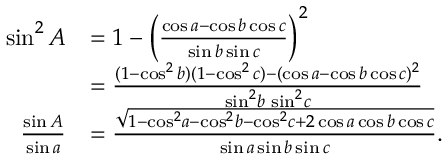
{ \begin{array} { r l } { \sin ^ { 2 } A } & { = 1 - \left( { \frac { \cos a - \cos b \cos c } { \sin b \sin c } } \right) ^ { 2 } } \\ & { = { \frac { ( 1 - \cos ^ { 2 } b ) ( 1 - \cos ^ { 2 } c ) - ( \cos a - \cos b \cos c ) ^ { 2 } } { \sin ^ { 2 } \! b \, \sin ^ { 2 } \! c } } } \\ { { \frac { \sin A } { \sin a } } } & { = { \frac { \sqrt { 1 - \cos ^ { 2 } \! a - \cos ^ { 2 } \! b - \cos ^ { 2 } \! c + 2 \cos a \cos b \cos c } } { \sin a \sin b \sin c } } . } \end{array} }